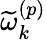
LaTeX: \widetilde{\omega}_{k}^{\left(p\right)}